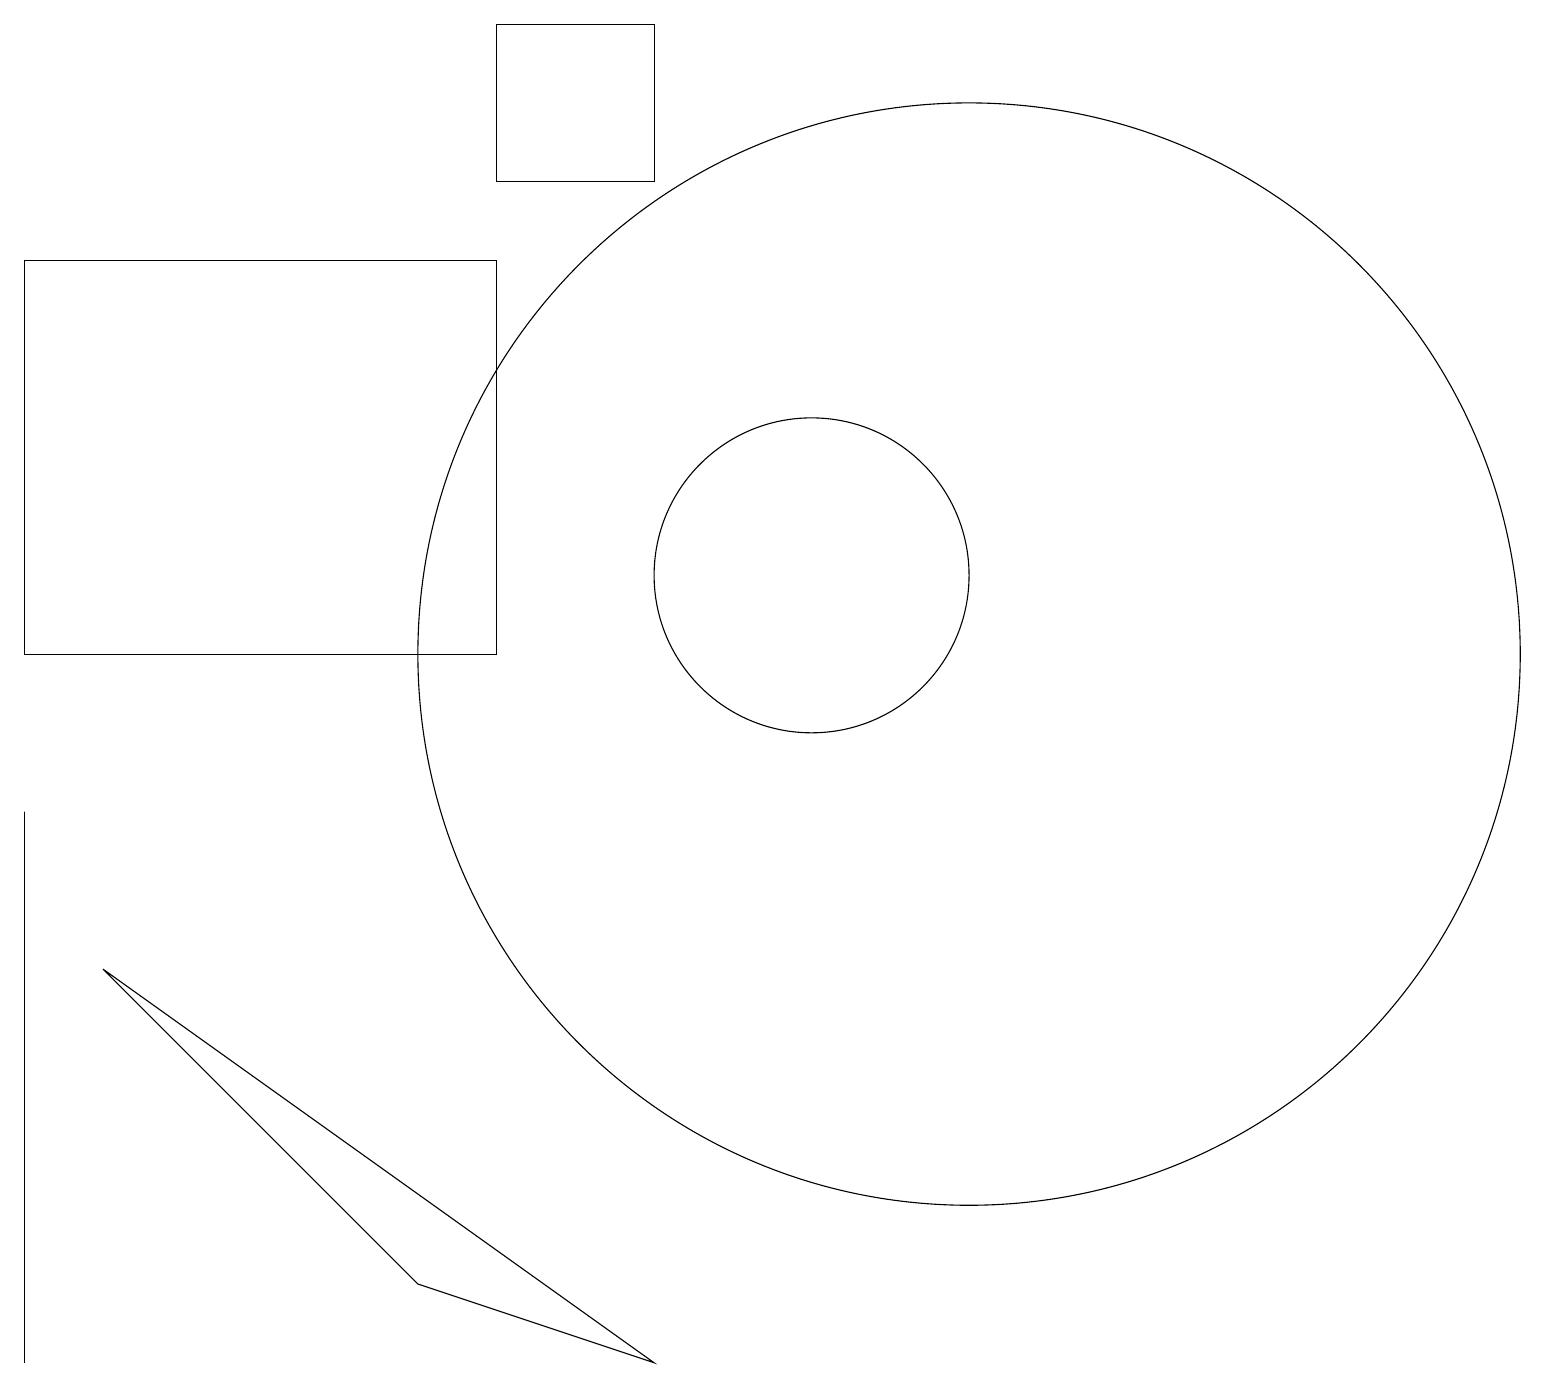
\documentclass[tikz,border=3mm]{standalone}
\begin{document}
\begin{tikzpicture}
\draw (12,10) circle (7);
\draw (10,11) circle (0);
\draw (10,11) circle (2);
\draw (0,6) -- (0,8) -- (0,1) -- cycle;
\draw (6,10) rectangle (0,15);
\draw (5,2) -- (8,1) -- (1,6) -- cycle;
\draw (8,16) rectangle (6,18);
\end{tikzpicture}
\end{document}